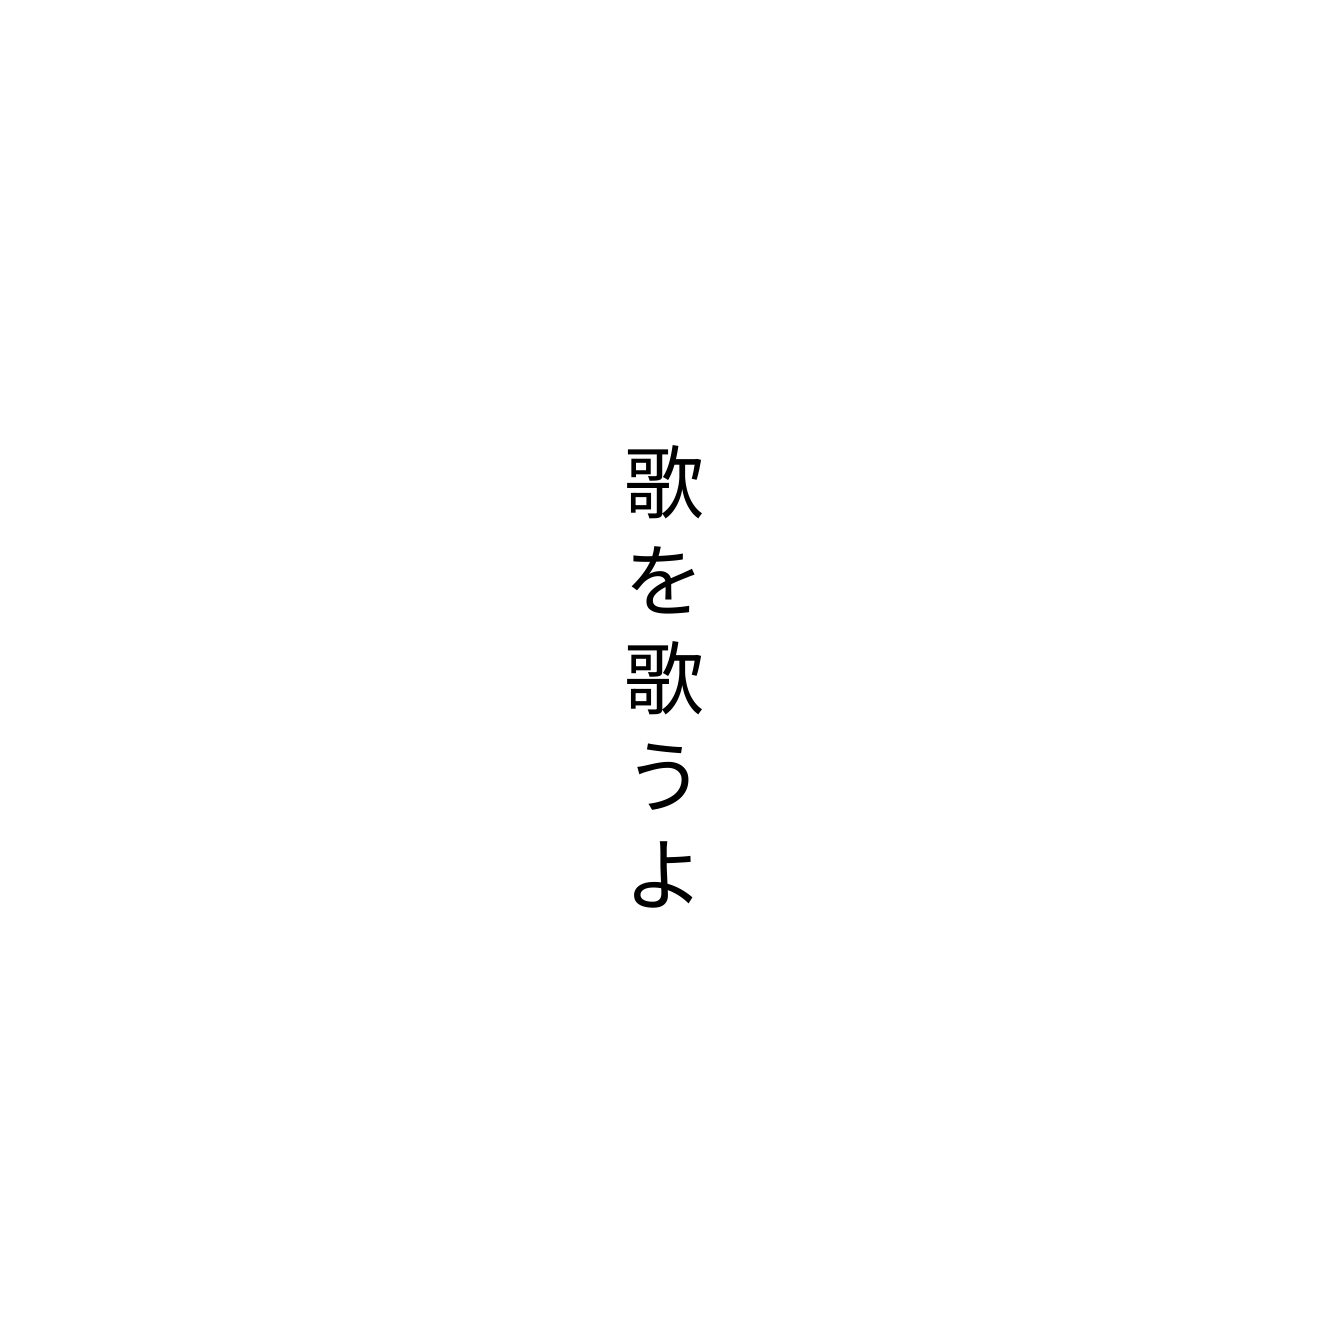
歌を歌うよ